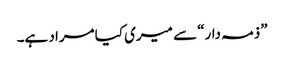
”ذمہ دار“ سے میری کیا مراد ہے۔